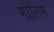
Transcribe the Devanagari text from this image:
मौलिस